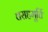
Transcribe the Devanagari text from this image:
वराहमूर्ति